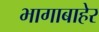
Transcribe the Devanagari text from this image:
भागाबाहेर